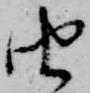
由